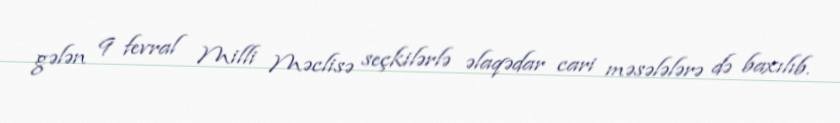
gələn 9 fevral Milli Məclisə seçkilərlə əlaqədar cari məsələlərə də baxılıb.